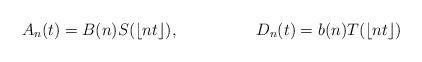
LaTeX: \begin{align*} A_n(t) &= B(n) S(\lfloor nt \rfloor),&D_n(t) &= b(n) T(\lfloor nt \rfloor)\end{align*}